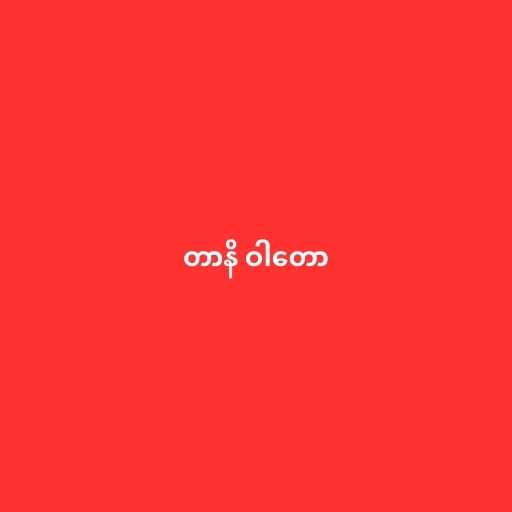
တာနိ ဝါတော